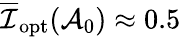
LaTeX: \overline{{\mathcal{I}}}_{\mathrm{opt}}(\mathcal{A}_{0})\approx 0.5\